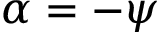
\alpha = - \psi